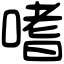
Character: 嗜